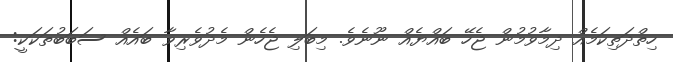
ހިތްދަތިކަމެއް ދިމާވުމުން ޖެހޭ ބައްޔެއް ނޫނެވެ. މިބަލި ޖެހެން މެދުވެރިވާ ބައެއް ސަބަބުތަކަކީ: